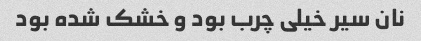
نان سیر خیلی چرب بود و خشک شده بود